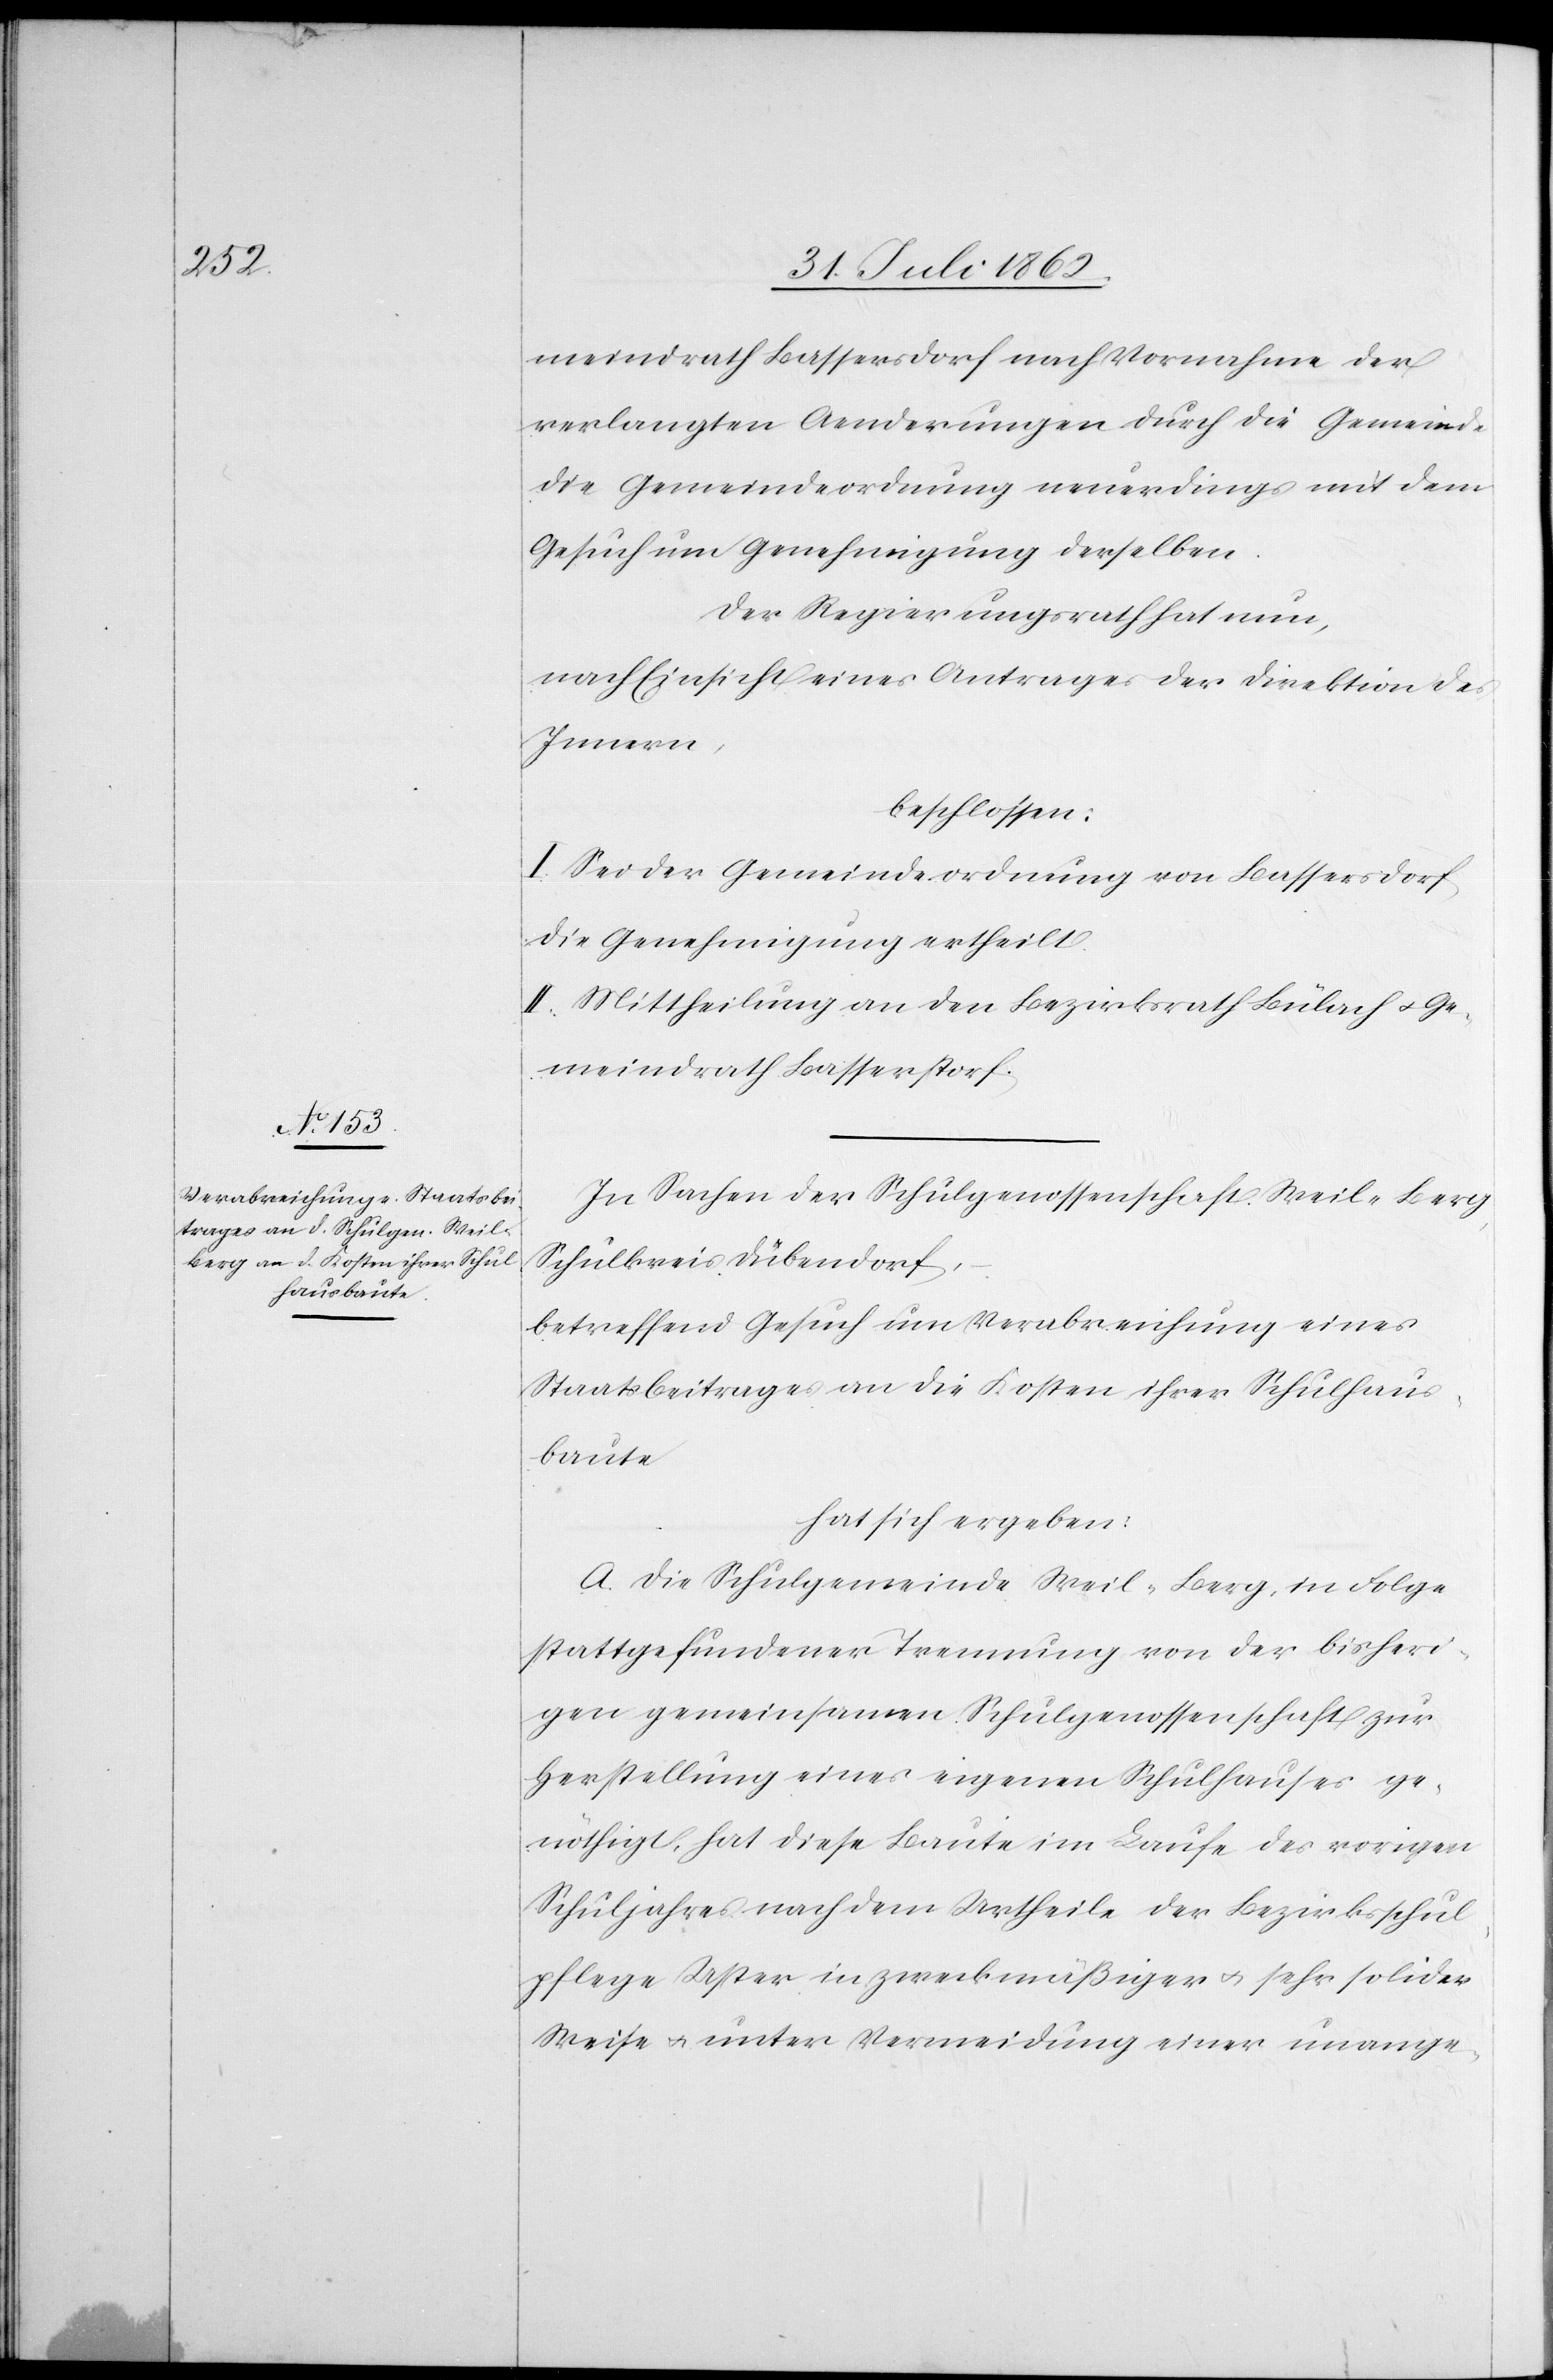
meindrath Bassersdorf nach Vornahme der
verlangten Aenderungen durch die Gemeinde
die Gemeindeordnung neuerdings mit dem
Gesuch um Genehmigung derselben.
Der Regierungsrath hat nun,
nach Einsicht eines Antrages der Direktion des
Innern,
beschlossen:
I. Sei der Gemeindeordnung von Bassersdorf
die Genehmigung ertheilt.
II. Mittheilung an den Bezirksrath Bülach u. Ge¬
meindrath Basserstorf
In Sachen der Schulgenossenschaft Weil-Berg,
Schulkreis Dübendorf,
betreffend Gesuch um Verabreichung eines
Staatsbeitrages an die Kosten ihrer Schulhaus¬
baute
hat sich ergeben:
A. Die Schulgemeinde Weil-Berg, in Folge
stattgefundener Trennung von der bisheri¬
gen gemeinsamen Schulgenossenschaft zur
Herstellung eines eigenen Schulhauses ge¬
nöthigt, hat diese Baute im Laufe des vorigen
Schuljahres nach dem Urtheile der Bezirksschul¬
pflege Uster in zweckmäßiger u. sehr solider
Weise u. unter Vermeidung einer unange-